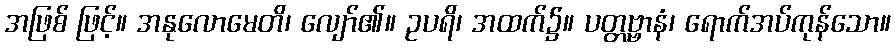
အဖြစ် ဖြင့်။ အနုလောမေတိ၊ လျော်၏။ ဥပရိ၊ အထက်၌။ ပတ္တဗ္ဗာနံ၊ ရောက်အပ်ကုန်သော။